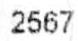
2567